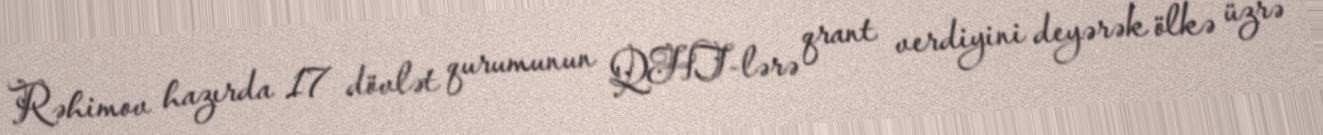
Rəhimov hazırda 17 dövlət qurumunun QHT-lərə qrant verdiyini deyərək ölkə üzrə